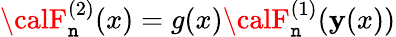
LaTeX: {\calF}_{\mathtt{n}}^{(2)}(x)=g(x){\calF}_{\mathtt{n}}^{(1)}(\mathbf{y}(x))